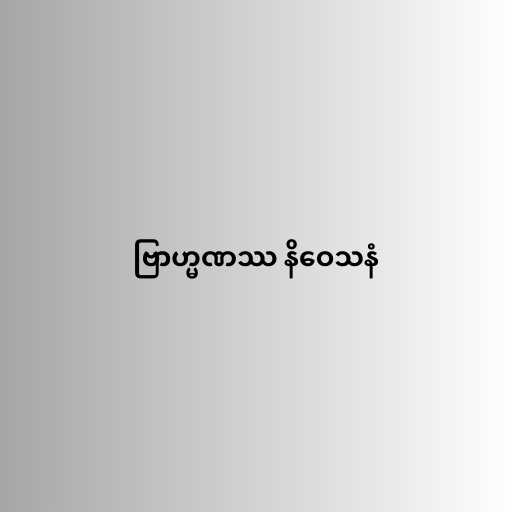
ဗြာဟ္မဏဿ နိဝေသနံ